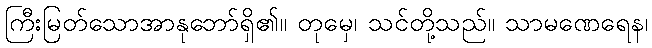
ကြီးမြတ်သောအာနုဘော်ရှိ၏။ တုမှေ၊ သင်တို့သည်။ သာမဏေရေန၊